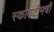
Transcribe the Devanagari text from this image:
स्कायटीमची